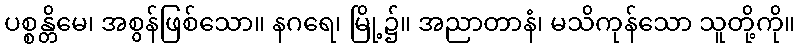
ပစ္စန္တိမေ၊ အစွန်ဖြစ်သော။ နဂရေ၊ မြို့၌။ အညာတာနံ၊ မသိကုန်သော သူတို့ကို။